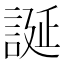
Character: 誕